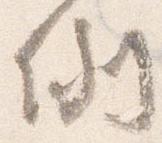
例